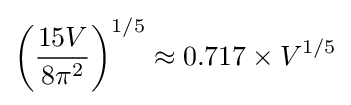
\left({\frac {15V}{8\pi ^{2}}}\right)^{1/5}\approx 0.717\times V^{1/5}